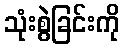
သုံးစွဲခြင်းကို